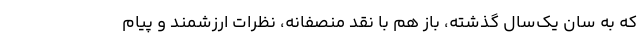
که به سانِ یک‌سال گذشته، باز هم با نقد منصفانه، نظرات ارزشمند و پیام